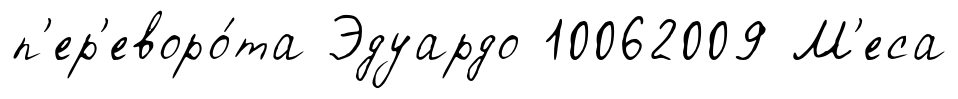
п'ер'еворо́та Эдуардо 10062009 М'еса